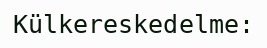
Külkereskedelme: